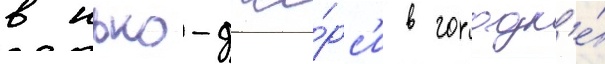
в нью-дже́рс'и в городк'е́